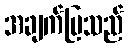
အချက်ပြသည်